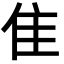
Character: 隹